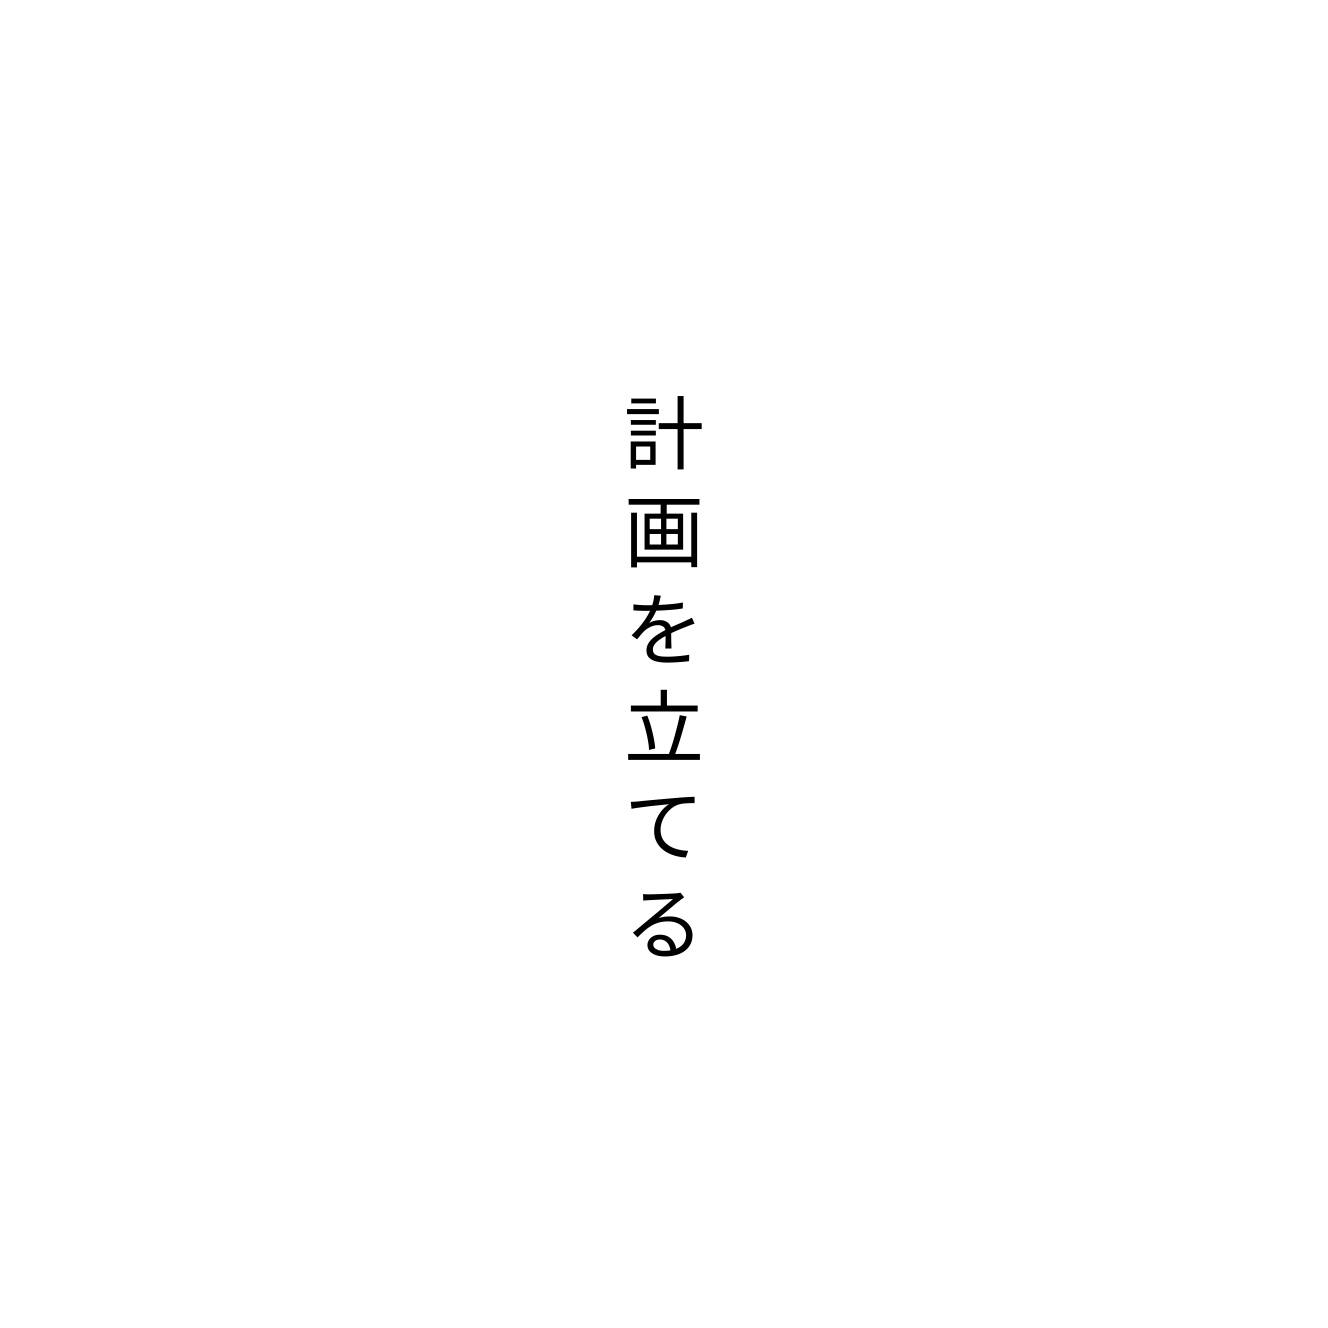
計画を立てる